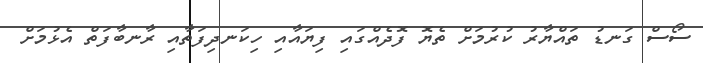
ސޯސް ގަނޑު ތައްޔާރު ކުރުމަށް ތެޔޮ ފޮދެއްގައި ފިޔައާއި ހިކަނދިފަތާއި ރާނބާފަތް އެޅުމަށް